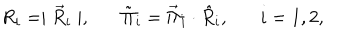
R _ { i } = \mid \vec { R } _ { i } \mid , \tilde { \Pi } _ { i } = \vec { \Pi } _ { i } \cdot \hat { R } _ { i } , i = 1 , 2 ,